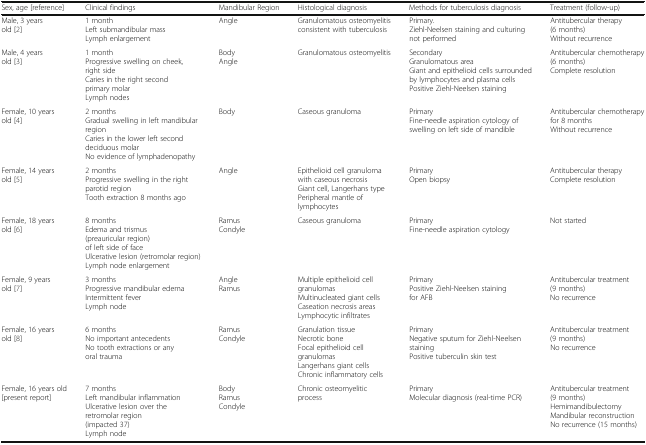
<table><thead><tr><td><b>Sex, age [reference]</b></td><td><b>Clinical findings</b></td><td><b>Mandibular Region</b></td><td><b>Histological diagnosis</b></td><td><b>Methods for tuberculosis diagnosis</b></td><td><b>Treatment (follow-up)</b></td></tr></thead><tbody><tr><td>Male, 3 years old [2]</td><td>1 monthLeft submandibular massLymph enlargement</td><td>Angle</td><td>Granulomatous osteomyelitis consistent with tuberculosis</td><td>Primary.Ziehl-Neelsen staining and culturing not performed</td><td>Antitubercular therapy (6 months)Without recurrence</td></tr><tr><td>Male, 4 years old [3]</td><td>1 monthProgressive swelling on cheek, right sideCaries in the right second primary molarLymph nodes</td><td>BodyAngle</td><td>Granulomatous osteomyelitis</td><td>SecondaryGranulomatous areaGiant and epithelioid cells surrounded by lymphocytes and plasma cellsPositive Ziehl-Neelsen staining</td><td>Antitubercular chemotherapy (6 months)Complete resolution</td></tr><tr><td>Female, 10 years old [4]</td><td>2 monthsGradual swelling in left mandibular regionCaries in the lower left second deciduous molarNo evidence of lymphadenopathy</td><td>Body</td><td>Caseous granuloma</td><td>PrimaryFine-needle aspiration cytology of swelling on left side of mandible</td><td>Antitubercular chemotherapy for 8 monthsWithout recurrence</td></tr><tr><td>Female, 14 years old [5]</td><td>2 monthsProgressive swelling in the right parotid regionTooth extraction 8 months ago</td><td>Angle</td><td>Epithelioid cell granuloma with caseous necrosisGiant cell, Langerhans typePeripheral mantle of lymphocytes</td><td>PrimaryOpen biopsy</td><td>Antitubercular therapyComplete resolution</td></tr><tr><td>Female, 18 years old [6]</td><td>8 monthsEdema and trismus (preauricular region) of left side of faceUlcerative lesion (retromolar region)Lymph node enlargement</td><td>RamusCondyle</td><td>Caseous granuloma</td><td>PrimaryFine-needle aspiration cytology</td><td>Not started</td></tr><tr><td>Female, 9 years old [7]</td><td>3 monthsProgressive mandibular edema Intermittent feverLymph node</td><td>AngleRamus</td><td>Multiple epithelioid cell granulomasMultinucleated giant cellsCaseation necrosis areasLymphocytic infiltrates</td><td>PrimaryPositive Ziehl-Neelsen staining for AFB</td><td>Antitubercular treatment (9 months)No recurrence</td></tr><tr><td>Female, 16 years old [8]</td><td>6 monthsNo important antecedentsNo tooth extractions or any oral trauma</td><td>RamusCondyle</td><td>Granulation tissueNecrotic boneFocal epithelioid cell granulomasLangerhans giant cellsChronic inflammatory cells</td><td>PrimaryNegative sputum for Ziehl-Neelsen stainingPositive tuberculin skin test</td><td>Antitubercular treatment (9 months)No recurrence</td></tr><tr><td>Female, 16 years old[present report]</td><td>7 monthsLeft mandibular inflammationUlcerative lesion over the retromolar region (impacted 37)Lymph node</td><td>BodyRamusCondyle</td><td>Chronic osteomyelitic process</td><td>PrimaryMolecular diagnosis (real-time PCR)</td><td>Antitubercular treatment (9 months)HemimandibulectomyMandibular reconstructionNo recurrence (15 months)</td></tr></tbody></table>